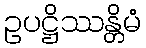
ဥပဋ္ဌိဿန္တိမံ